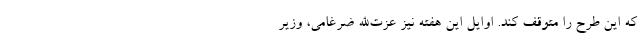
که این طرح را متوقف کند. اوایل این هفته نیز عزت‌الله ضرغامی، وزیر